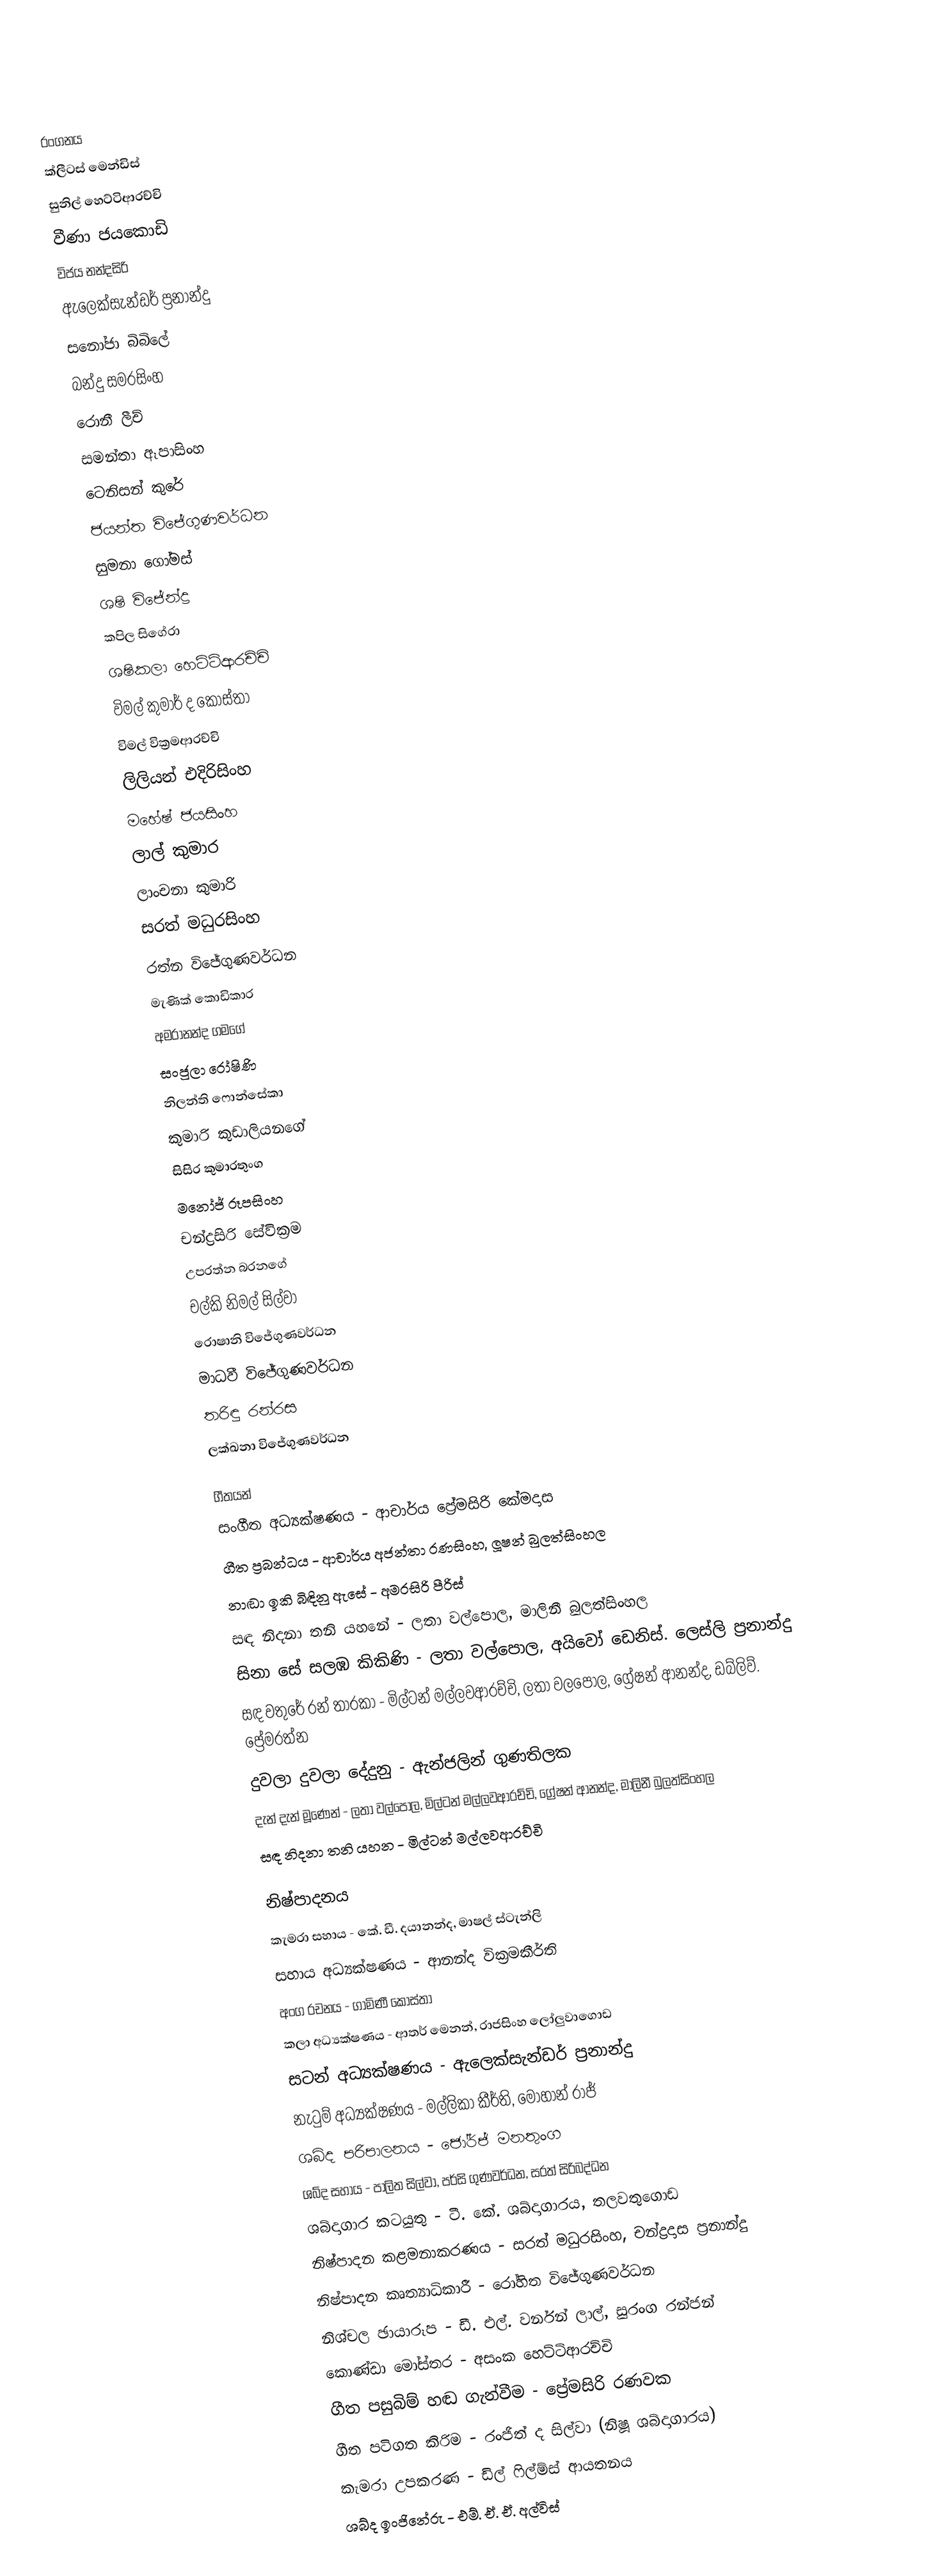

රංගනය
ක්ලීටස් මෙන්ඩිස්
සුනිල් හෙට්ටිආරච්චි
වීණා ජයකොඩි
විජය නන්දසිරි
ඇලෙක්සැන්ඩර් ප්‍රනාන්දු
සනෝජා බිබිලේ
බන්දු සමරසිංහ
රොනී ලීච්
සමන්තා ඈපාසිංහ
ටෙනිසන් කුරේ
ජයන්ත විජේගුණවර්ධන
සුමනා ගෝමස්
ශෂි විජේන්ද්‍ර
කපිල සිගේරා
ශෂිකලා හෙට්ටිආරච්චි
විමල් කුමාර් ද කොස්තා
විමල් වික්‍රමආරච්චි
ලිලියන් එදිරිසිංහ
මහේෂ් ජයසිංහ
ලාල් කුමාර
ලාංචනා කුමාරි
සරත් මධුරසිංහ
රත්න විජේගුණවර්ධන
මැණික් කොඩිකාර
අමරානන්ද ගමගේ
සංජුලා රෝෂිණි
නිලන්ති ෆොන්සේකා
කුමාරි කුඩාලියනගේ
සිසිර කුමාරතුංග
මනෝජ් රූපසිංහ
චන්ද්‍රසිරි සේවික්‍රම
උපරත්න බරනගේ
චල්කි නිමල් සිල්වා
රොෂානි විජේගුණවර්ධන
මාධවී විජේගුණවර්ධන
තරිඳු රන්රස
ලක්ඛනා විජේගුණවර්ධන

ගීතයන්
සංගීත අධ්‍යක්ෂණය - ආචාර්ය ප්‍රේමසිරි කේමදාස
ගීත ප්‍රබන්ධය - ආචාර්ය අජන්තා රණසිංහ, ලූෂන් බුලත්සිංහල
නාඬා ඉකි බිඳිනු ඇසේ - අමරසිරි පීරිස්
සඳ නිදනා තනි යහනේ - ලතා වල්පොල, මාලිනී බුලත්සිංහල
සිනා සේ සලඹ කිකිණි - ලතා වල්පොල, අයිවෝ ඩෙනිස්. ලෙස්ලි ප්‍රනාන්දු
සඳ වතුරේ රන් තාරකා - මිල්ටන් මල්ලවආරච්චි, ලතා වලපොල, ග්‍රේෂන් ආනන්ද, ඩබ්ලිව්. ප්‍රේමරත්න
දුවලා දුවලා දේදුනු - ඇන්ජලින් ගුණතිලක
දැන් දැන් මූණෙන් - ලතා වල්පොල, මිල්ටන් මල්ලවආරච්චි, ග්‍රේෂන් ආනන්ද, මාලිනී බුලත්සිංහල
සඳ නිදනා තනි යහන - මිල්ටන් මල්ලවආරච්චි

නිෂ්පාදනය
කැමරා සහාය - කේ. ඩී. දයානන්ද, මාෂල් ස්ටැන්ලි
සහාය අධ්‍යක්ෂණය - ආනන්ද වික්‍රමකීර්ති
අංග රචනය - ගාමිණී කෝස්තා
කලා අධ්‍යක්ෂණය - ආතර් මෙනන්, රාජසිංහ ලෝලුවාගොඩ
සටන් අධ්‍යක්ෂණය - ඇලෙක්සැන්ඩර් ප්‍රනාන්දු
නැටුම් අධ්‍යක්ෂණය - මල්ලිකා කීර්ති, මොහාන් රාජ්
ශබ්ද පරිපාලනය - ජෝර්ජ් මනතුංග
ශබ්ද සහාය - පාලිත සිල්වා, පර්සි ගුණවර්ධන, සරත් සිරිබද්ධන
ශබ්දාගාර කටයුතු - ටී. කේ. ශබ්දාගාරය, තලවතුගොඩ
නිෂ්පාදන කළමනාකරණය - සරත් මධුරසිංහ, චන්ද්‍රදාස ප්‍රනාන්දු
නිෂ්පාදන කෘත්‍යාධිකාරී - රෝහිත විජේගුණවර්ධන
නිශ්චල ඡායාරූප - ඩී. එල්. වර්නන් ලාල්, සුරංග රන්ජන්
කොණ්ඩා මෝස්තර - අසංක හෙට්ටිආරච්චි
ගීත පසුබිම් හඬ ගැන්වීම - ප්‍රේමසිරි රණවක
ගීත පටිගත කිරිම - රංජිත් ද සිල්වා (නිෂූ ශබ්දාගාරය)
කැමරා උපකරණ - ඩිල් ෆිල්ම්ස් ආයතනය
ශබ්ද ඉංජිනේරු - එම්. ඒ. ඒ. අල්විස්